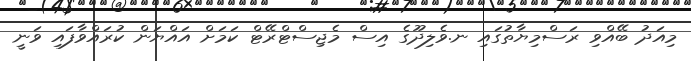
މިއަދު ބޭއްވި ރަސްމިޔާތުގައި ނ.ވެލިދޫގެ އިސް މެޖިސްޓްރޭޓް ކަމަށް އައްޔަން ކުރައްވާފައި ވަނީ